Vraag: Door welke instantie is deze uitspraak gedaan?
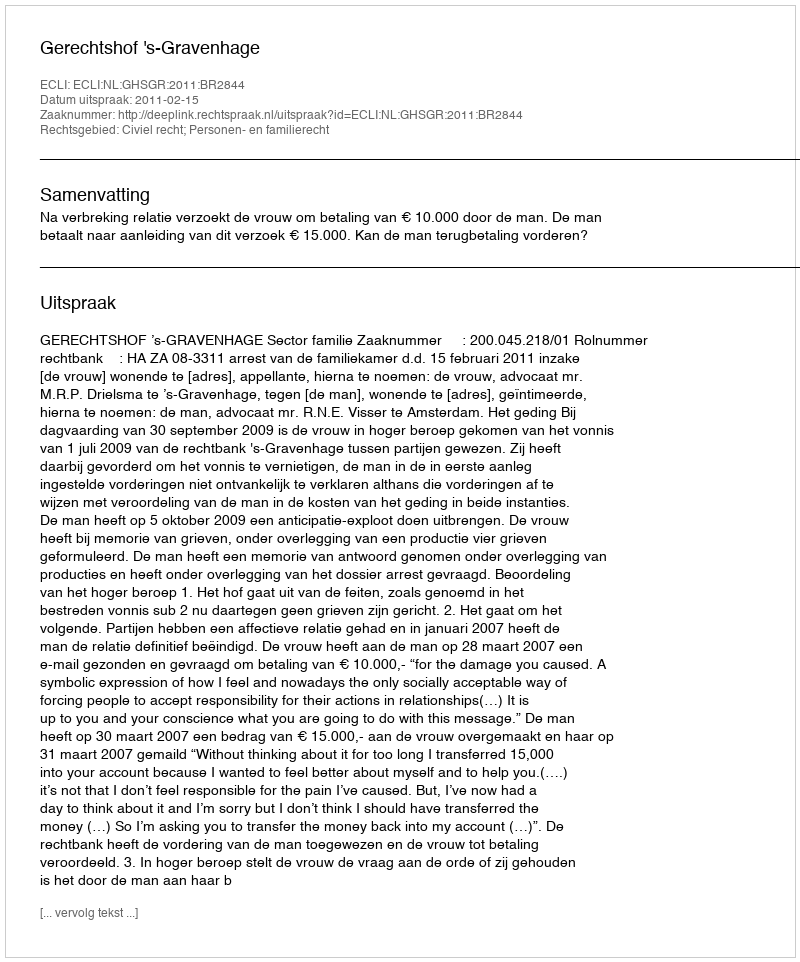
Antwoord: Gerechtshof 's-Gravenhage